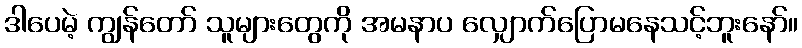
ဒါပေမဲ့ ကျွန်တော် သူများတွေကို အမနာပ လျှောက်ပြောမနေသင့်ဘူးနော်။